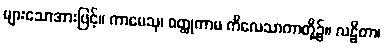
များသောအားဖြင့်။ ကာမေသု၊ ဝတ္ထုကာမ ကိလေသာကာတို့၌။ လဠိတာ၊